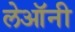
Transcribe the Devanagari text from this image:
लेऑनी